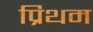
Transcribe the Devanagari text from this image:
प्रिथम